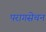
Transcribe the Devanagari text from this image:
परागसेचन